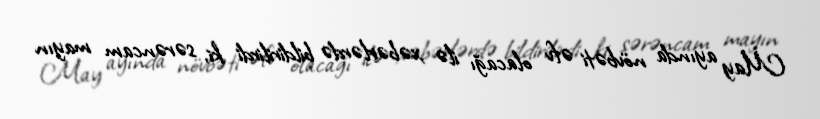
May ayında növbəti əfv olacağı ilə xəbərlərdə bildirilirdi ki, sərəncam mayın